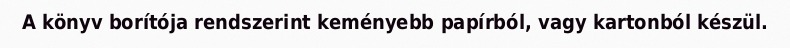
A könyv borítója rendszerint keményebb papírból, vagy kartonból készül.